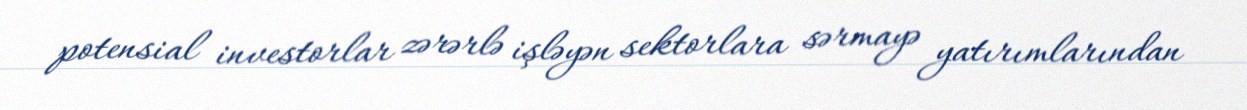
potensial investorlar zərərlə işləyən sektorlara sərmayə yatırımlarından